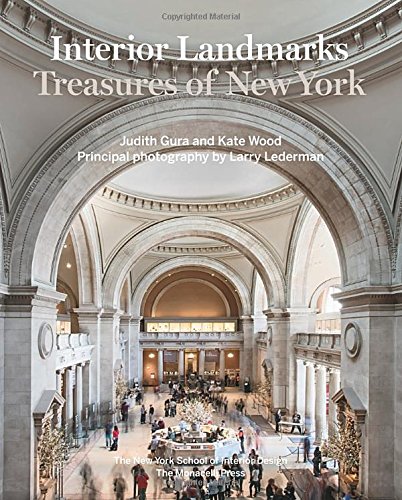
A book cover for Interior Landmarks: Treasures of New York; Judith Gura; Crafts, Hobbies & Home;